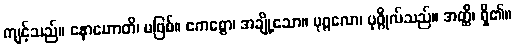
ကျင့်သည်။ နောဟောတိ၊ မဖြစ်။ ဧကစ္စော၊ အချို့သော။ ပုဂ္ဂလော၊ ပုဂ္ဂိုလ်သည်။ အတ္ထိ၊ ရှိ၏။